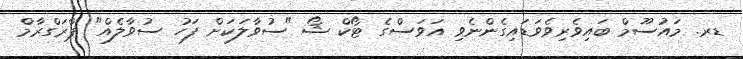
ޑރ. މައުސޫމް ބައިވެރިވެވަޑައިގެންނެވި އަވަސްގެ ޓޯކް ޝޯ "ސުވާލަކަށް ފަހު ސުވާލެއް" ޕްރަގްރާމް